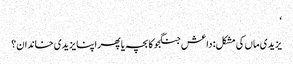
‘
یزیدی ماں کی مشکل: داعش جنگجو کا بچہ یا پھر اپنا یزیدی خاندان؟